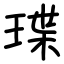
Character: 㻡